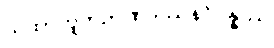
ယထာဘူတဉာဏဒဿနဝိပန္နဿ